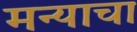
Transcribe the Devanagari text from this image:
मन्याचा